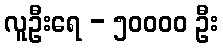
လူဦးရေ - ၅၀၀၀၀ ဦး